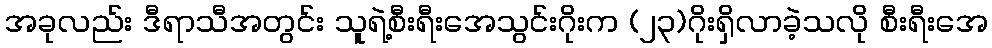
အခုလည်း ဒီရာသီအတွင်း သူရဲ့စီးရီးအေသွင်းဂိုးက (၂၃)ဂိုးရှိလာခဲ့သလို စီးရီးအေ